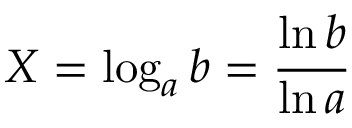
X = \log _ { a } b = { \frac { \ln b } { \ln a } }